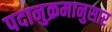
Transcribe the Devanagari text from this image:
पदानुक्रमानुसार